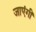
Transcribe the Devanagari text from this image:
जाएंगीं